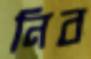
নিব